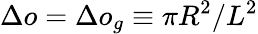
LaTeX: \Delta o=\Delta o_{g}\equiv\pi R^{2}/L^{2}